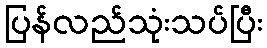
ပြန်လည်သုံးသပ်ပြီး